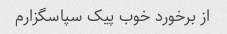
از برخورد خوب پیک سپاسگزارم